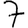
Digit: 7